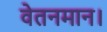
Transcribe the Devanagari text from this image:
वेतनमान।